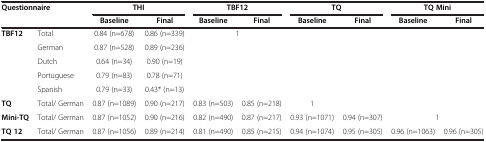
<table><thead><tr><td colspan="2"><b>Questionnaire</b></td><td colspan="2"><b>THI</b></td><td colspan="2"><b>TBF12</b></td><td colspan="2"><b>TQ</b></td><td colspan="2"><b>TQ Mini</b></td></tr><tr><td><b> </b></td><td><b> </b></td><td><b>Baseline</b></td><td><b>Final</b></td><td><b>Baseline</b></td><td><b>Final</b></td><td><b>Baseline</b></td><td><b>Final</b></td><td><b>Baseline</b></td><td><b>Final</b></td></tr></thead><tbody><tr><td><b>TBF12</b></td><td>Total</td><td>0.84 (n=678)</td><td>0.86 (n=339)</td><td colspan="2">1</td><td> </td><td> </td><td> </td><td> </td></tr><tr><td> </td><td>German</td><td>0.87 (n=528)</td><td>0.89 (n=236)</td><td> </td><td> </td><td> </td><td> </td><td> </td><td> </td></tr><tr><td> </td><td>Dutch</td><td>0.64 (n=34)</td><td>0.90 (n=19)</td><td> </td><td> </td><td> </td><td> </td><td> </td><td> </td></tr><tr><td> </td><td>Portuguese</td><td>0.79 (n=83)</td><td>0.78 (n=71)</td><td> </td><td> </td><td> </td><td> </td><td> </td><td> </td></tr><tr><td> </td><td>Spanish</td><td>0.79 (n=33)</td><td>0.43* (n=13)</td><td> </td><td> </td><td> </td><td> </td><td> </td><td> </td></tr><tr><td><b>TQ</b></td><td>Total/ German</td><td>0.87 (n=1089)</td><td>0.90 (n=217)</td><td>0.83 (n=503)</td><td>0.85 (n=218)</td><td>1</td><td> </td><td> </td><td> </td></tr><tr><td><b>Mini-TQ</b></td><td>Total/ German</td><td>0.87 (n=1052)</td><td>0.90 (n=216)</td><td>0.82 (n=490)</td><td>0.87 (n=217)</td><td>0.93 (n=1071)</td><td>0.94 (n=307)</td><td colspan="2">1</td></tr><tr><td><b>TQ 12</b></td><td>Total/ German</td><td>0.87 (n=1056)</td><td>0.89 (n=214)</td><td>0.81 (n=490)</td><td>0.85 (n=215)</td><td>0.94 (n=1074)</td><td>0.95 (n=305)</td><td>0.96 (n=1063)</td><td>0.96 (n=305)</td></tr></tbody></table>